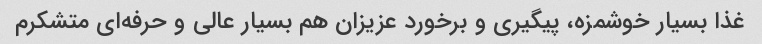
غذا بسیار خوشمزه، پیگیری و برخورد عزیزان هم بسیار عالی و حرفه‌ای متشکرم